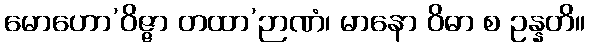
မောဟော’ဝိဇ္ဇာ တထာ’ဉာဏံ၊ မာနော ဝိဓာ စ ဥန္နတိ။